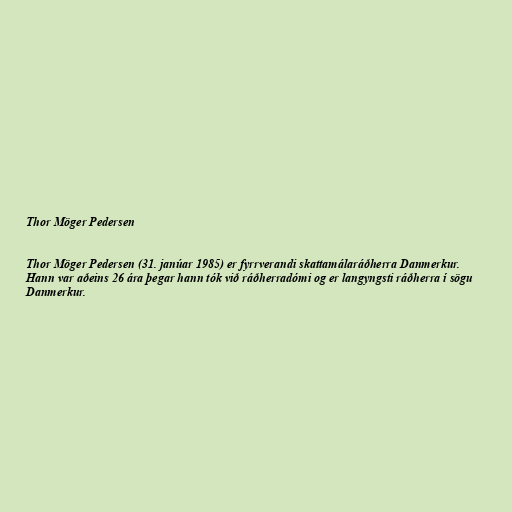
Thor Möger Pedersen

Thor Möger Pedersen (31. janúar 1985) er fyrrverandi skattamálaráðherra Danmerkur.
Hann var aðeins 26 ára þegar hann tók við ráðherradómi og er langyngsti ráðherra í sögu
Danmerkur.